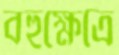
বহুক্ষেত্রে